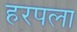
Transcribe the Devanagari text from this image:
हरपला